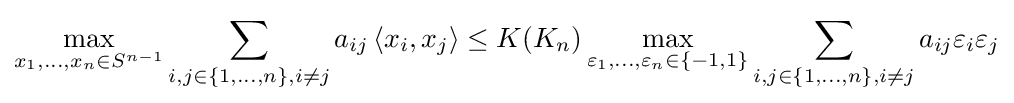
\max _{x_{1},\ldots ,x_{n}\in S^{n-1}}\sum _{i,j\in \{1,\ldots ,n\},i\neq j}a_{ij}\left\langle x_{i},x_{j}\right\rangle \leq K(K_{n})\max _{\varepsilon _{1},\ldots ,\varepsilon _{n}\in \{-1,1\}}\sum _{i,j\in \{1,\ldots ,n\},i\neq j}a_{ij}\varepsilon _{i}\varepsilon _{j}